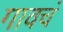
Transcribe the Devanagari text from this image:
गावचं